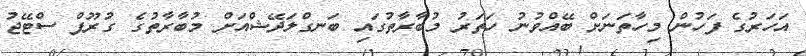
އަހަރުގެ ފަހުން މިހާތަނަށް ބޭއްވުނު ހަތަރު މުބާރާތުގައި ބަނގްލަދޭޝްއަށް މުބާރާތުގެ ގުރޫޕް ސްޓޭޖު